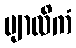
ဗျာလိကံ